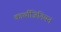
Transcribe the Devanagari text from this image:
कार्थाजिनियन